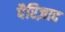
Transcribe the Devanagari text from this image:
पैरिज़ाद